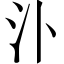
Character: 𣱶